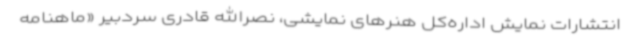
انتشارات نمایش اداره‌کل هنرهای نمایشی، نصرالله قادری سردبیر «ماهنامه